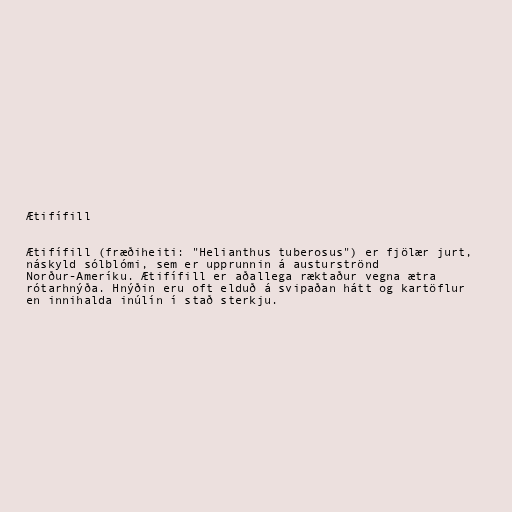
Ætifífill

Ætifífill (fræðiheiti: "Helianthus tuberosus") er fjölær jurt,
náskyld sólblómi, sem er upprunnin á austurströnd
Norður-Ameríku. Ætifífill er aðallega ræktaður vegna ætra
rótarhnýða. Hnýðin eru oft elduð á svipaðan hátt og kartöflur
en innihalda inúlín í stað sterkju.